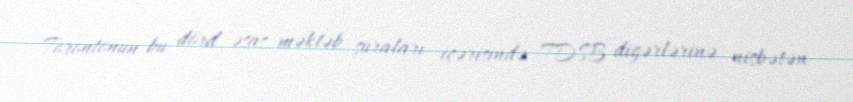
Torontonun bu dörd əsas məktəb şuraları içərisində TDSB digərlərinə nisbətən